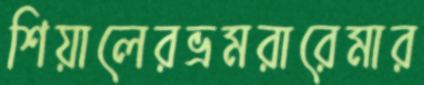
শিয়ালেরভ্রমরারেমার